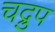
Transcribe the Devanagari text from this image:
चद्रुप